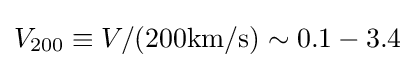
V_{200}\equiv V/(\mathrm {200km/s} )\sim 0.1-3.4